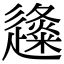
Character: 𨗬